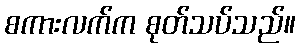
စကားလက်က စုတ်သပ်သည်။